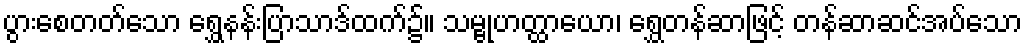
ပွားစေတတ်သော ရွှေနန်းပြာသာဒ်ထက်၌။ သမ္ဗုဟတ္ထာယော၊ ရွှေတန်ဆာဖြင့် တန်ဆာဆင်အပ်သော